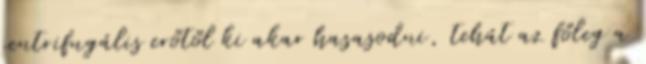
centrifugális erőtől ki akar hasasodni, tehát az főleg a